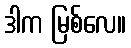
ဒါက မြစ်လေ။